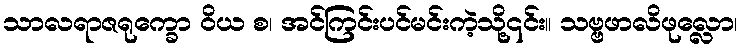
သာလရာဇရုက္ခော ဝိယ စ၊ အင်ကြင်းပင်မင်းကဲ့သို့၎င်း။ သဗ္ဗဖာလိဖုလ္လော၊